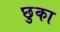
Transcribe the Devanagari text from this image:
छुका